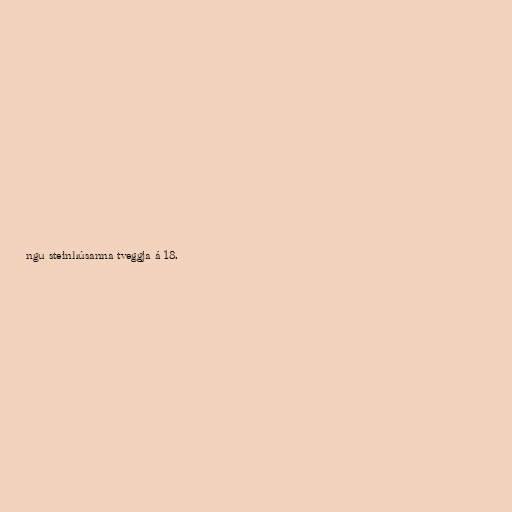
ngu steinhúsanna tveggja á 18.